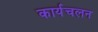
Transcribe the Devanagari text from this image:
कार्यचलन